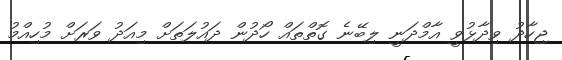
ޖިހާދު ވިދާޅުވީ އާމްދަނީ ލިބޭނެ ގޮތްތައް ހޯދުން ދައުލަތަށް މިއަދު ވަރަށް މުހިއްމު